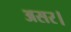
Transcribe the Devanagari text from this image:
असर।